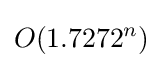
O(1.7272^{n})